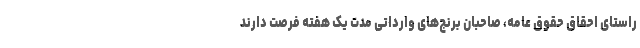
راستای احقاق حقوق عامه، صاحبان برنج‌های وارداتی مدت یک هفته فرصت دارند